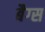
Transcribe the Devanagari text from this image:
बैग्‍स